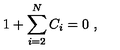
1 + \sum _ { i = 2 } ^ { N } C _ { i } = 0 \ ,